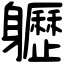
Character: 𨊛